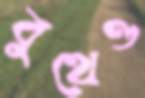
বুথেও